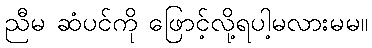
ညီမ ဆံပင်ကို ဖြောင့်လို့ရပါ့မလားမမ။